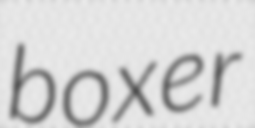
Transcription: boxer